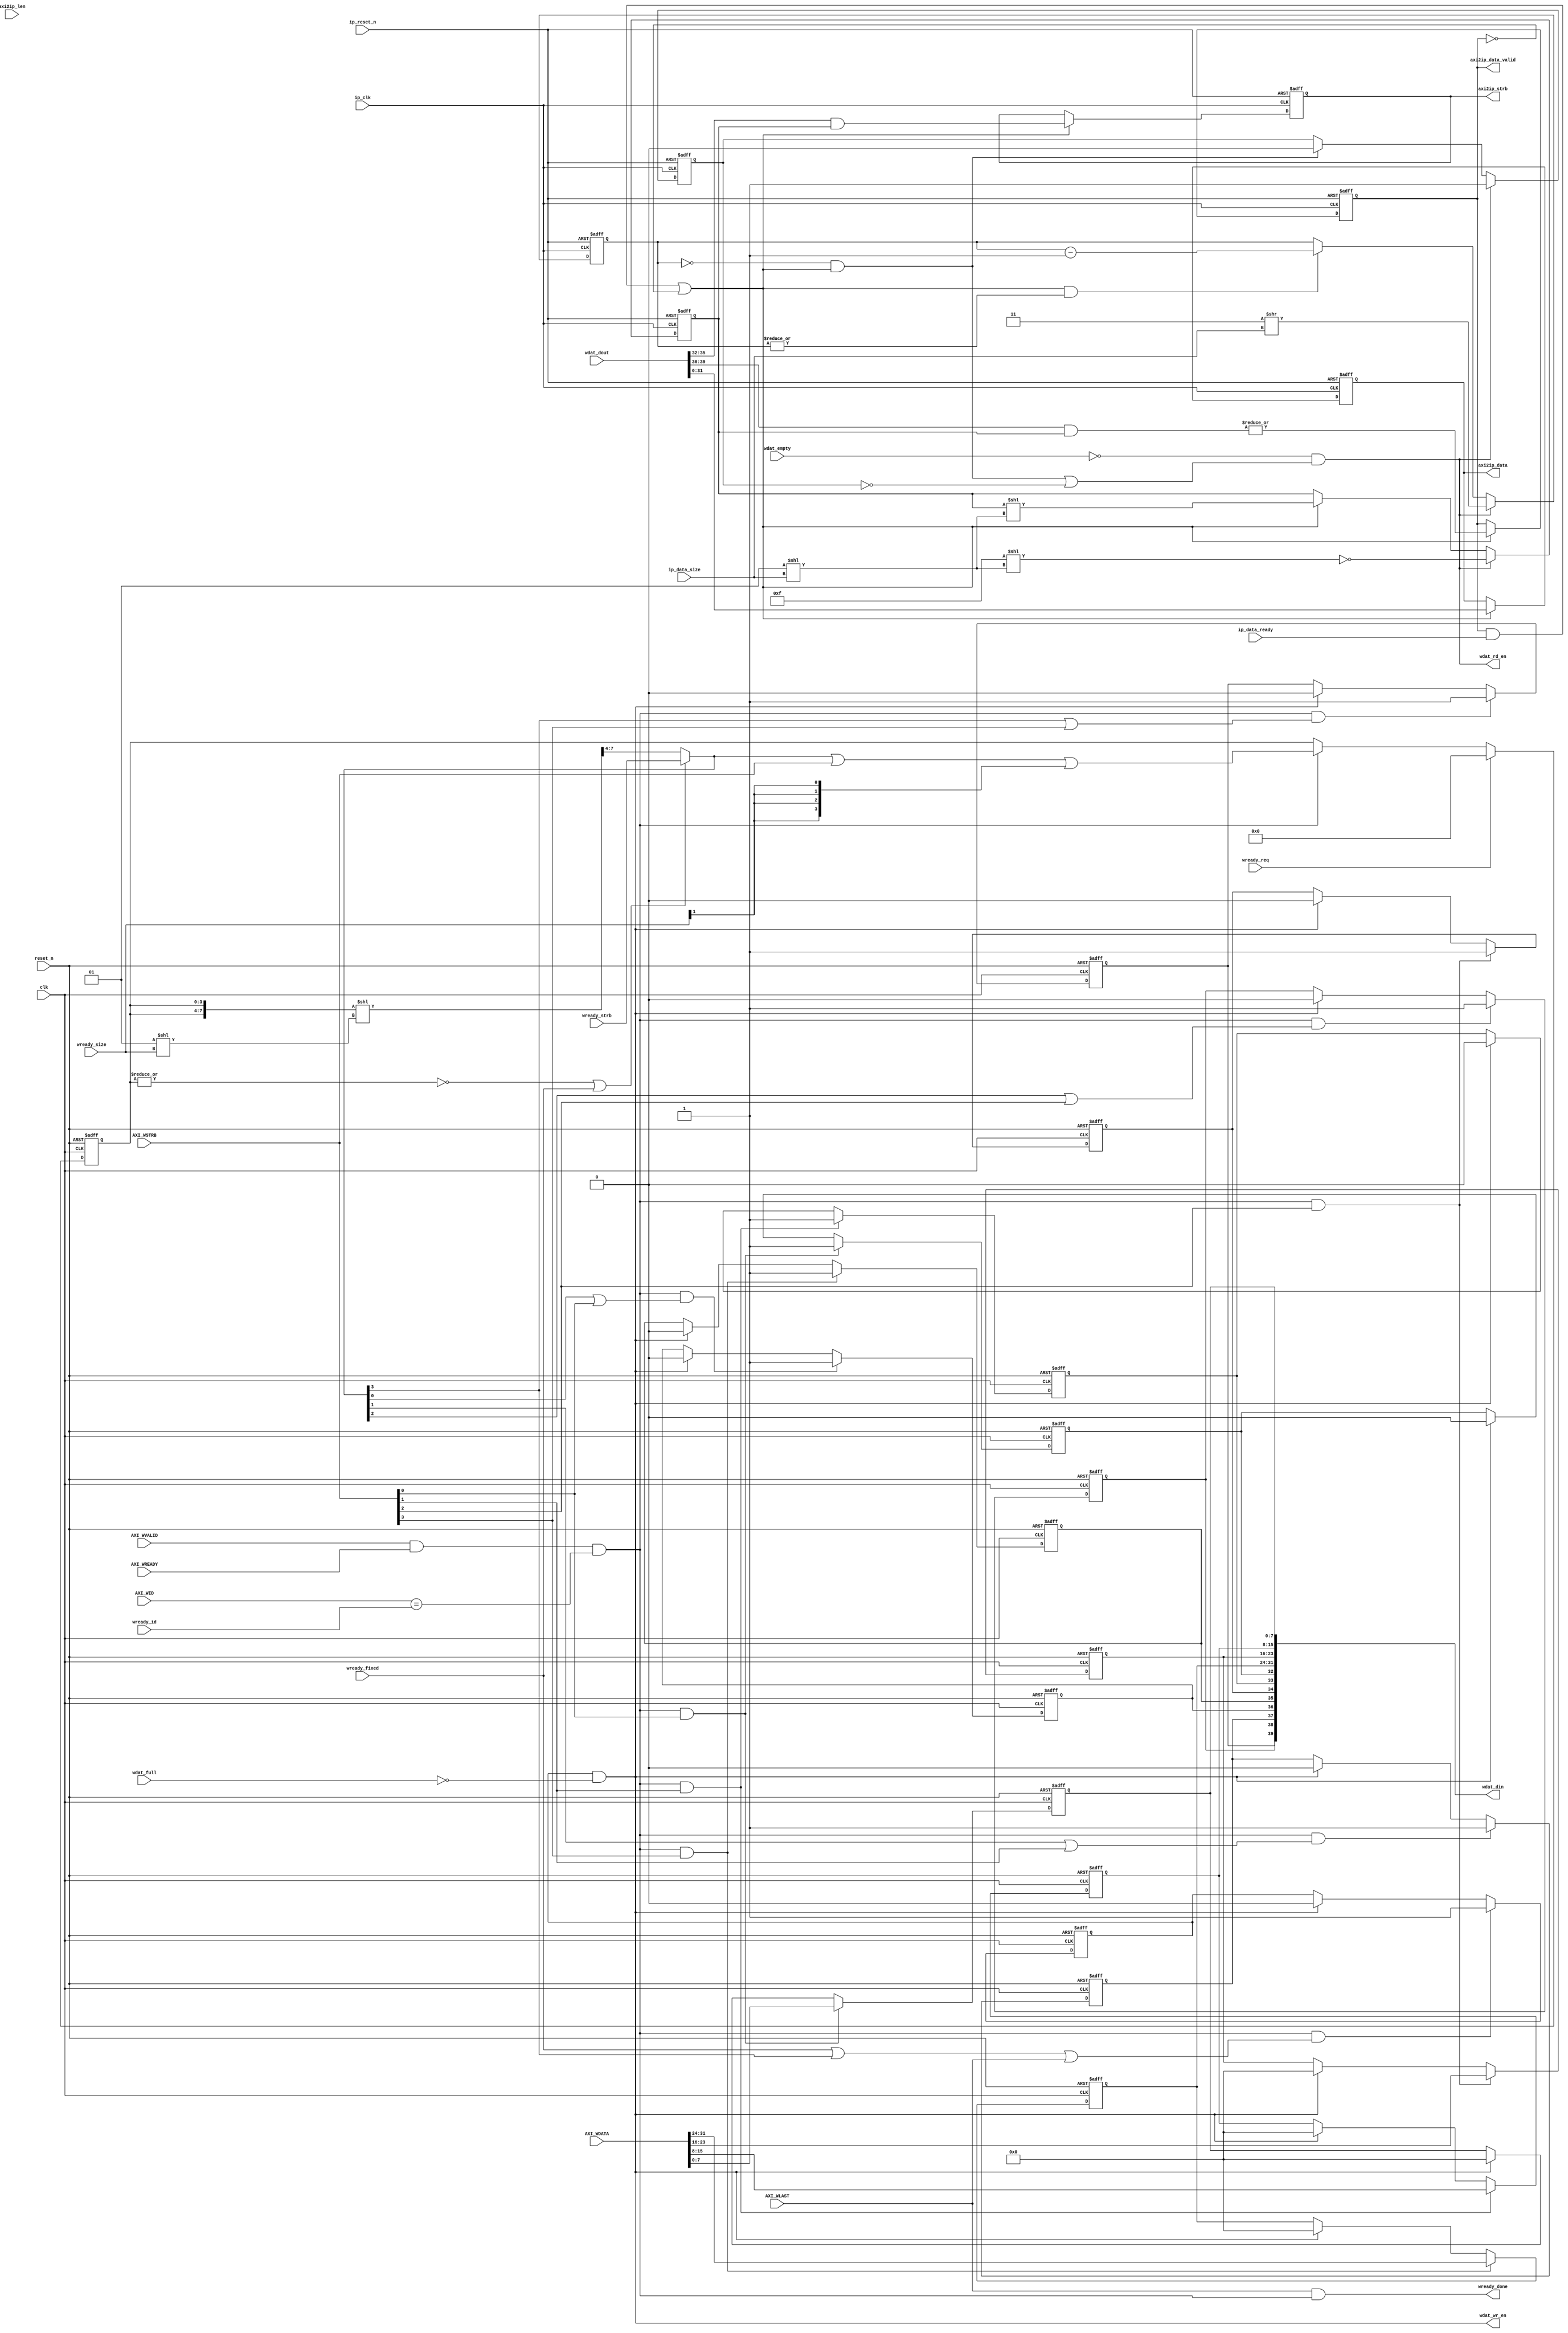
module rpc2_ctrl_axi3_wr_data_control (
   // Outputs
   wdat_wr_en, wdat_rd_en, wdat_din, wready_done, axi2ip_data_valid, 
   axi2ip_strb, axi2ip_data, 
   // Inputs
   axi2ip_len,
   clk, reset_n, AXI_WDATA, AXI_WSTRB, AXI_WLAST, AXI_WVALID, 
   AXI_WID, AXI_WREADY, wdat_empty, wdat_full, wdat_dout, wready_req, 
   wready_size, wready_fixed, wready_strb, wready_id, ip_clk, 
   ip_reset_n, ip_data_size, ip_data_ready
   );
   parameter C_AXI_ID_WIDTH   = 'd4;
   parameter C_AXI_DATA_WIDTH = 'd32;
   parameter WDAT_FIFO_DATA_WIDTH = C_AXI_DATA_WIDTH+((C_AXI_DATA_WIDTH*2)/8);

   localparam ADDR_BITS_IN_DATA_WIDTH = (C_AXI_DATA_WIDTH=='d32) ? 2'h2:
                                        (C_AXI_DATA_WIDTH=='d64) ? 2'h3: 2'h0;

   localparam IP_LEN = (C_AXI_DATA_WIDTH=='d32) ? 'd10:
                       (C_AXI_DATA_WIDTH=='d64) ? 'd11: 'd0;                                         
   
   // Global System Signals
   input clk;
   input reset_n;

   // Write Data Channel Signals
   input [C_AXI_DATA_WIDTH-1:0] AXI_WDATA;
   input [(C_AXI_DATA_WIDTH/8)-1:0] AXI_WSTRB;
   input                            AXI_WLAST;
   input                            AXI_WVALID;
   input [C_AXI_ID_WIDTH-1:0]       AXI_WID;
   input                            AXI_WREADY;

   // WDAT FIFO
   input                            wdat_empty;
   input                            wdat_full;
   input [WDAT_FIFO_DATA_WIDTH-1:0]  wdat_dout;
   output                            wdat_wr_en;
   output                            wdat_rd_en;
   output [WDAT_FIFO_DATA_WIDTH-1:0] wdat_din;

   // Address Channel
   input                             wready_req;
   input [1:0]                       wready_size;
   input                             wready_fixed;
   input [(C_AXI_DATA_WIDTH/8)-1:0]  wready_strb;
   input [C_AXI_ID_WIDTH-1:0]        wready_id;
   output                            wready_done;

   // for IP
   input                             ip_clk;
   input                             ip_reset_n;
   input [1:0]                       ip_data_size;
   input                             ip_data_ready;
   output                            axi2ip_data_valid;
   output [(C_AXI_DATA_WIDTH/8)-1:0] axi2ip_strb;
   output [C_AXI_DATA_WIDTH-1:0]     axi2ip_data;

   input  [IP_LEN-1:0]               axi2ip_len;

   
   reg [C_AXI_DATA_WIDTH-1:0]        wdat_data_din;
   reg [(C_AXI_DATA_WIDTH/8)-1:0]    wdat_strb_din;
   reg [(C_AXI_DATA_WIDTH/8)-1:0]    wdat_valid_din;
   
   reg                               wdat_wr_op;
   
   reg [(C_AXI_DATA_WIDTH/8)-1:0]    strb;
   wire [(C_AXI_DATA_WIDTH/8)-1:0]   next_strb;
//   wire [((C_AXI_DATA_WIDTH*2)/8)-1:0] strb_rotate;
   wire [(C_AXI_DATA_WIDTH/8)-1:0]   strb_rotate;
   
   wire                              data_en;
   reg [(C_AXI_DATA_WIDTH/8)-1:0]    ip_data_mask;
   reg [ADDR_BITS_IN_DATA_WIDTH-1:0] xfer_in_unit;
   reg                               in_xfer;

   wire [C_AXI_DATA_WIDTH-1:0]       wdat_data_dout;
   wire [(C_AXI_DATA_WIDTH/8)-1:0]   wdat_strb_dout;
   wire [(C_AXI_DATA_WIDTH/8)-1:0]   wdat_valid_dout;

   wire                              w_en;
   /*AUTOREG*/
   // Beginning of automatic regs (for this module's undeclared outputs)
   reg [C_AXI_DATA_WIDTH-1:0]axi2ip_data;
   reg                  axi2ip_data_valid;
   reg [(C_AXI_DATA_WIDTH/8)-1:0]axi2ip_strb;
   
   reg [3:0]                  valid_data_counter;
   // End of automatics

   //------------------------------------------------
   // WRITE
   //------------------------------------------------
   assign w_en = AXI_WVALID & AXI_WREADY & (AXI_WID==wready_id);
   assign wready_done = AXI_WLAST & w_en;
   
   assign wdat_din = {wdat_valid_din, wdat_strb_din, wdat_data_din};
   assign wdat_wr_en = wdat_wr_op & ~wdat_full;

//   assign strb_rotate = {strb, strb} << (1<<wready_size);
   assign strb_rotate = ({strb, strb}<<(1<<wready_size))>>(C_AXI_DATA_WIDTH/8);
   assign next_strb = ((~|strb) || wready_fixed) ? 
//                      wready_strb: strb_rotate[((C_AXI_DATA_WIDTH*2)/8)-1:(C_AXI_DATA_WIDTH/8)];
                        wready_strb: strb_rotate;
   
   // wdat_wr_op
   always @(posedge clk or negedge reset_n) begin
      if (~reset_n)
        wdat_wr_op <= 1'b0;
      else if (w_en & (wready_fixed | next_strb[(C_AXI_DATA_WIDTH/8)-1] | AXI_WLAST))
        wdat_wr_op <= 1'b1;
      else if (wdat_wr_en)
        wdat_wr_op <= 1'b0;
   end

   // strobe
   always @(posedge clk or negedge reset_n) begin
      if (~reset_n)
        strb <= {(C_AXI_DATA_WIDTH/8){1'b0}};
      else if (wready_req)
        strb <= {(C_AXI_DATA_WIDTH/8){1'b0}};
      else if (w_en)
        strb <= next_strb | AXI_WSTRB | {(C_AXI_DATA_WIDTH/8){wready_size[1]}}; // fixed write strobe issue
   end
   
   genvar i;

   // wdat_data_din
   generate for (i = 0; i < (C_AXI_DATA_WIDTH/8); i=i+1) begin: wdat_data_din_loop
      always @(posedge clk or negedge reset_n) begin
         if (~reset_n)
           wdat_data_din[i*8+:8] <= 8'h00;
         else if (w_en & AXI_WSTRB[i])
           wdat_data_din[i*8+:8] <= AXI_WDATA[i*8+:8];
         else if (wdat_wr_en)
           wdat_data_din[i*8+:8] <= 8'h00;
      end
   end
   endgenerate

   // wdat_strb_din
   generate for (i = 0; i < (C_AXI_DATA_WIDTH/8); i=i+1) begin: wdat_strb_din_loop
      always @(posedge clk or negedge reset_n) begin
         if (~reset_n)
           wdat_strb_din[i] <= 1'b0;
         else if (w_en & AXI_WSTRB[i])
           wdat_strb_din[i] <= 1'b1;
         else if (wdat_wr_en)
           wdat_strb_din[i] <= 1'b0;
      end
   end
   endgenerate

   // wdat_valid_din
   generate for (i = 0; i < (C_AXI_DATA_WIDTH/8); i=i+1) begin: wdat_valid_din_loop
      always @(posedge clk or negedge reset_n) begin
         if (~reset_n)
           wdat_valid_din[i] <= 1'b0;
         else if (w_en & (next_strb[i] | AXI_WSTRB[i]))
           wdat_valid_din[i] <= 1'b1;
         else if (wdat_wr_en)
           wdat_valid_din[i] <= 1'b0;
      end
   end
   endgenerate

   //------------------------------------------------
   // READ
   //------------------------------------------------
   assign data_en = (axi2ip_data_valid&ip_data_ready) | ~axi2ip_data_valid; 
//   assign data_en = (axi2ip_data_valid&ip_data_ready) | ( (valid_data_counter >= 4'h1) & (valid_data_counter <= axi2ip_len) ) ? 1'b1 :  ( |  (~axi2ip_data_valid)  ); 

   
   assign wdat_rd_en = (~wdat_empty) && (((xfer_in_unit==0)&&data_en) || ~in_xfer);
   assign wdat_data_dout = wdat_dout[C_AXI_DATA_WIDTH-1:0];
   assign wdat_strb_dout = wdat_dout[(((C_AXI_DATA_WIDTH/8)+C_AXI_DATA_WIDTH)-1):C_AXI_DATA_WIDTH];
   assign wdat_valid_dout = wdat_dout[WDAT_FIFO_DATA_WIDTH-1:WDAT_FIFO_DATA_WIDTH-(C_AXI_DATA_WIDTH/8)];
 
   
   // ip_data_mask
   always @(posedge ip_clk or negedge ip_reset_n) begin
      if (~ip_reset_n)
        ip_data_mask <= {(C_AXI_DATA_WIDTH/8){1'b0}};
      else if (wdat_rd_en)
        ip_data_mask <= ~({(C_AXI_DATA_WIDTH/8){1'b1}}<<(1<<ip_data_size));
//        ip_data_mask <= ~(  {  (32/8){1'b1}  }   <<    (   1<<ip_data_size  )   );
        
      else if (data_en)
        ip_data_mask <= ip_data_mask << (1<<ip_data_size);
        
   end

   // xfer_in_unit
   always @(posedge ip_clk or negedge ip_reset_n) begin
      if (~ip_reset_n)
        xfer_in_unit <= {ADDR_BITS_IN_DATA_WIDTH{1'b0}};
      else if (wdat_rd_en)
        xfer_in_unit <= {ADDR_BITS_IN_DATA_WIDTH{1'b1}}>>ip_data_size;
      else if (data_en && |xfer_in_unit)
        xfer_in_unit <= xfer_in_unit - 1'b1;
   end

   // in transfer
   always @(posedge ip_clk or negedge ip_reset_n) begin
      if (~ip_reset_n)
        in_xfer <= 1'b0;
      else if (wdat_rd_en)
        in_xfer <= 1'b1;
      else if ((xfer_in_unit==0) && data_en)
        in_xfer <= 1'b0;
   end

   //
   always @(posedge ip_clk or negedge ip_reset_n) begin
      if (~ip_reset_n)
        axi2ip_strb <= {(C_AXI_DATA_WIDTH/8){1'b0}};
      else if (data_en)
        axi2ip_strb <= wdat_strb_dout & ip_data_mask;
   end
        
   //
   always @(posedge ip_clk or negedge ip_reset_n) begin
      if (~ip_reset_n)
        axi2ip_data_valid <= 1'b0;      
      else if (data_en)
        axi2ip_data_valid <= (|(wdat_valid_dout & ip_data_mask));        
   end

   // valid_data_counter
   always @(posedge ip_clk or negedge ip_reset_n) begin
      if (~ip_reset_n)
//        valid_data_counter <= {MEM_LEN{1'b0}};
        valid_data_counter <= 4'h0;
//      else if (axi2ip_data_valid&ip_data_ready )   
      else if (data_en & axi2ip_data_valid)         
        valid_data_counter <= valid_data_counter + 1'b1;        
      else   
        valid_data_counter <= 4'h0;       
         
   end
   
   
   
   
   //
   always @(posedge ip_clk or negedge ip_reset_n) begin
      if (~ip_reset_n)
        axi2ip_data <= {C_AXI_DATA_WIDTH{1'b0}};
      else if (data_en)
        axi2ip_data <= wdat_data_dout;
   end
   
endmodule